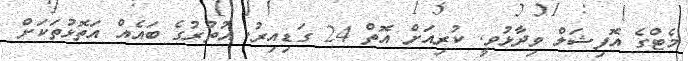
މެޓްގެ އޮފިޝަލް ވިދާޅުވީ